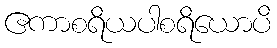
ဧကာစရိယပါစရိယောပိ